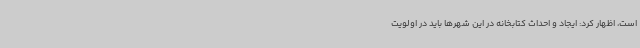
است، اظهار کرد: ایجاد و احداث کتابخانه در این شهرها باید در اولویت